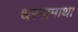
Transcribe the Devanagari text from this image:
धरनामाथा